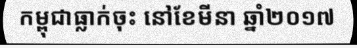
កម្ពុជាធ្លាក់ចុះ នៅខែមីនា ឆ្នាំ២០១៧